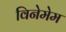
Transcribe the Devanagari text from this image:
विनेमेम